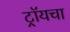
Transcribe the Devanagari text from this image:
ट्रॉयचा